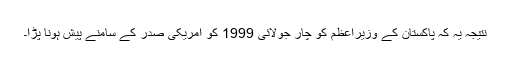
نتیجہ یہ کہ پاکستان کے وزیراعظم کو چار جولائی 1999 کو امریکی صدر کے سامنے پیش ہونا پڑا۔